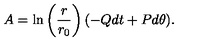
A = \ln \left( \frac { r } { r _ { 0 } } \right) ( - Q d t + P d \theta ) .